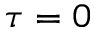
\tau = 0